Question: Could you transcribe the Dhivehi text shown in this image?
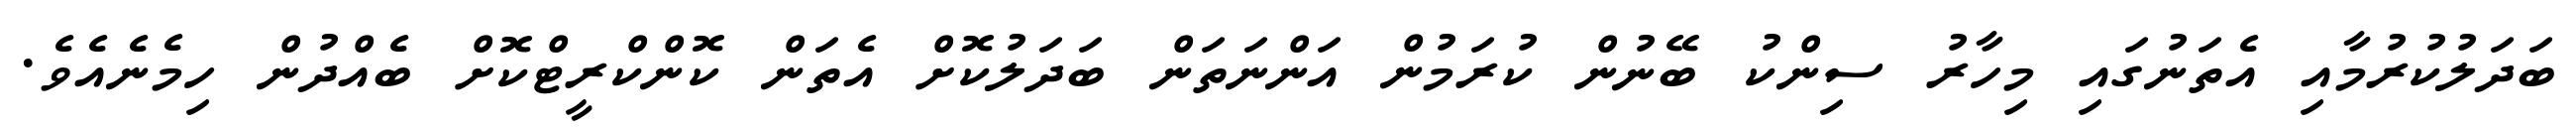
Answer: ބަދަލުކުރުމާއި އެތަނުގައި މިހާރު ސިންކު ބޭނުން ކުރަމުން އަންނަތަން ބަދަލުކޮށް އެތަން ކޮންކްރީޓްކޮށް ބެއްދުން ހިމެނެއެވެ.